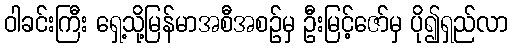
ဝါခင်းကြီး ရှေ့သို့မြန်မာအစီအစဉ်မှ ဦးမြင့်ဇော်မှ ပို၍ရှည်လာ